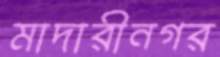
মাদারীনগর